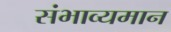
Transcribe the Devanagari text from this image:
संभाव्यमान